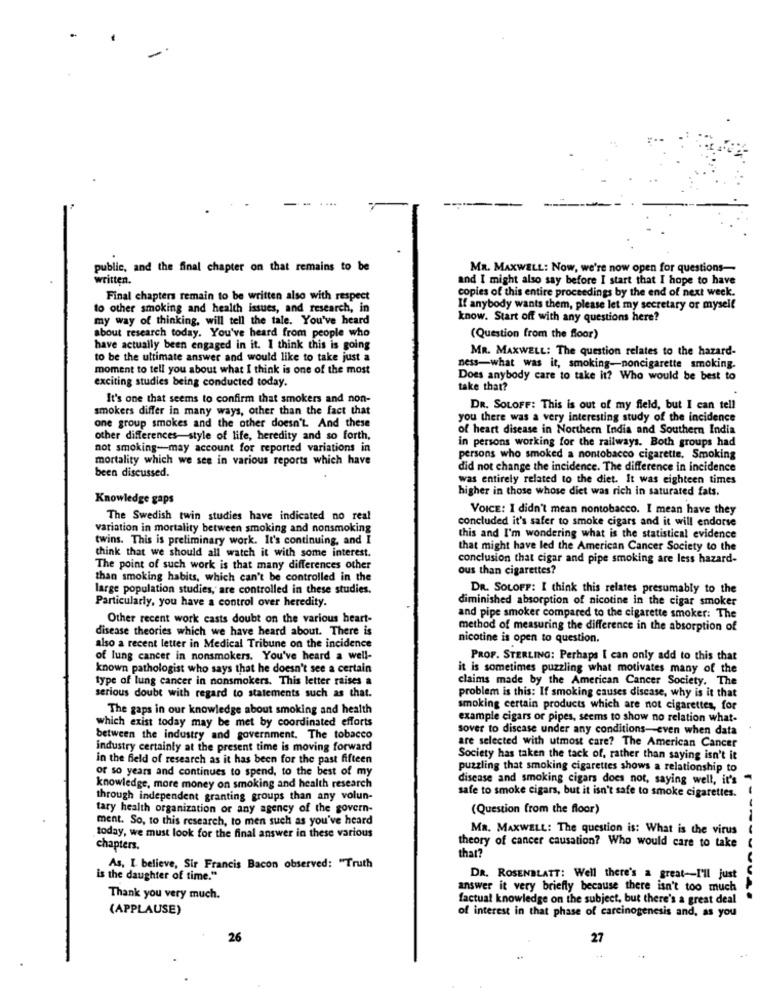
public, and the final chapter on that remains to be
MR. MAXWELL: Now, we're now open for questions-
written.
and I might also say before I start that I hope to have
copies of this entire proceedings by the end of next week.
Final chapters remain to be written also with respect
to other smoking and health issues, and research, in
If anybody wants them, please let my secretary or myself
my way of thinking, will tell the tale. You've heard
know. Start off with any questions here?
about research today. You've heard from people who
(Question from the floor)
have actually been engaged in it. I think this is going
MR. MAXWELL: The question relates to the hazard-
to be the ultimate answer and would like to take just a
moment to tell you about what I think is one of the most
ness-what was it, smoking-noncigarette smoking.
exciting studies being conducted today.
Does anybody care to take it? Who would be best to
take that?
It's one that seems to confirm that smokers and non-
smokers differ in many ways, other than the fact that
DR. SOLOFF: This is out of my field, but I can tell
you there was a very interesting study of the incidence
one group smokes and the other doesn't. And these
of heart disease in Northern India and Southern India
other differences-style of life, heredity and so forth,
in persons working for the railways. Both groups had
not smoking-may account for reported variations in
mortality which we see in various reports which have
persons who smoked a nontobacco cigarette, Smoking
did not change the incidence. The difference in incidence
been discussed.
was entirely related to the diet. It was eighteen times
higher in those whose diet was rich in saturated fats.
Knowledge gaps
VOICE: I didn't mean nontobacco. I mean have they
The Swedish twin studies have indicated no real
concluded it's safer to smoke cigars and it will endorse
variation in mortality between smoking and nonsmoking
twins. This is preliminary work. It's continuing, and I
this and I'm wondering what is the statistical evidence
that might have led the American Cancer Society to the
think that we should all watch it with some interest.
conclusion that cigar and pipe smoking are less hazard-
The point of such work is that many differences other
ous than cigarettes?
than smoking habits, which can't be controlled in the
large population studies, are controlled in these studies.
DR. SOLOFF: I think this relates presumably to the
Particularly, you have a control over heredity.
diminished absorption of nicotine in the cigar smoker
Other recent work casts doubt on the various heart-
and pipe smoker compared to the cigarette smoker: The
disease theories which we have heard about. There is
method of measuring the difference in the absorption of
nicotine is open to question.
also a recent letter in Medical Tribune on the incidence
of lung cancer in nonsmokers. You've heard a well-
PROF. STERLING: Perhaps I can only add to this that
known pathologist who says that he doesn't see a certain
it is sometimes puzzling what motivates many of the
type of lung cancer in nonsmokers. This letter raises a
claims made by the American Cancer Society. The
serious doubt with regard to statements such as that.
problem is this: If smoking causes disease, why is it that
The gaps in our knowledge about smoking and health
smoking certain products which are not cigarettes, for
which exist today may be met by coordinated efforts
example cigars or pipes, seems to show no relation what-
sover to disease under any conditions-even when data
between the industry and government. The tobacco
industry certainly at the present time is moving forward
are selected with utmost care? The American Cancer
in the field of research as it has been for the past fifteen
Society has taken the tack of, rather than saying isn't it
or so years and continues to spend, to the best of my
puzzling that smoking cigarettes shows a relationship to
disease and smoking cigars does not, saying well, it's
knowledge, more money on smoking and health research
through independent granting groups than any volun-
safe to smoke cigars, but it isn't safe to smoke cigarettes.
tary health organization or any agency of the govern-
(Question from the floor)
ment. So, to this research, to men such as you've heard
Ma. MAXWELL: The question is: What is the virus
---
today, we must look for the final answer in these various
chapters.
theory of cancer causation? Who would care to take
that
As, I believe, Sir Francis Bacon observed: "Truth
is the daughter of time."
DR. ROSENBLATT: Well there's a great-I'll just
answer it very briefly because there isn't too much
Thank you very much.
factual knowledge on the subject, but there's a great deal
MY.4.
(APPLAUSE)
of interest in that phase of carcinogenesis and, as you
26
27